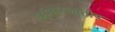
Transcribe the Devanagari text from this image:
आंतररजातीय